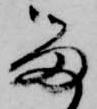
留